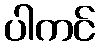
ပါကင်